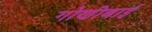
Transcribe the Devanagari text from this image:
गोणीबाई